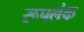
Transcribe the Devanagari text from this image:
रूपलंक